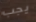
يجب